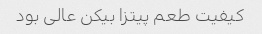
کیفیت طعم پیتزا بیکن عالی بود